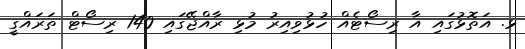
ޅ. އަތޮޅުގައި އާ ރިސޯޓެއް ހުޅުވިއިރު މުޅި ރާއްޖޭގައި 140 ރިސޯޓް ތަރައްގީ